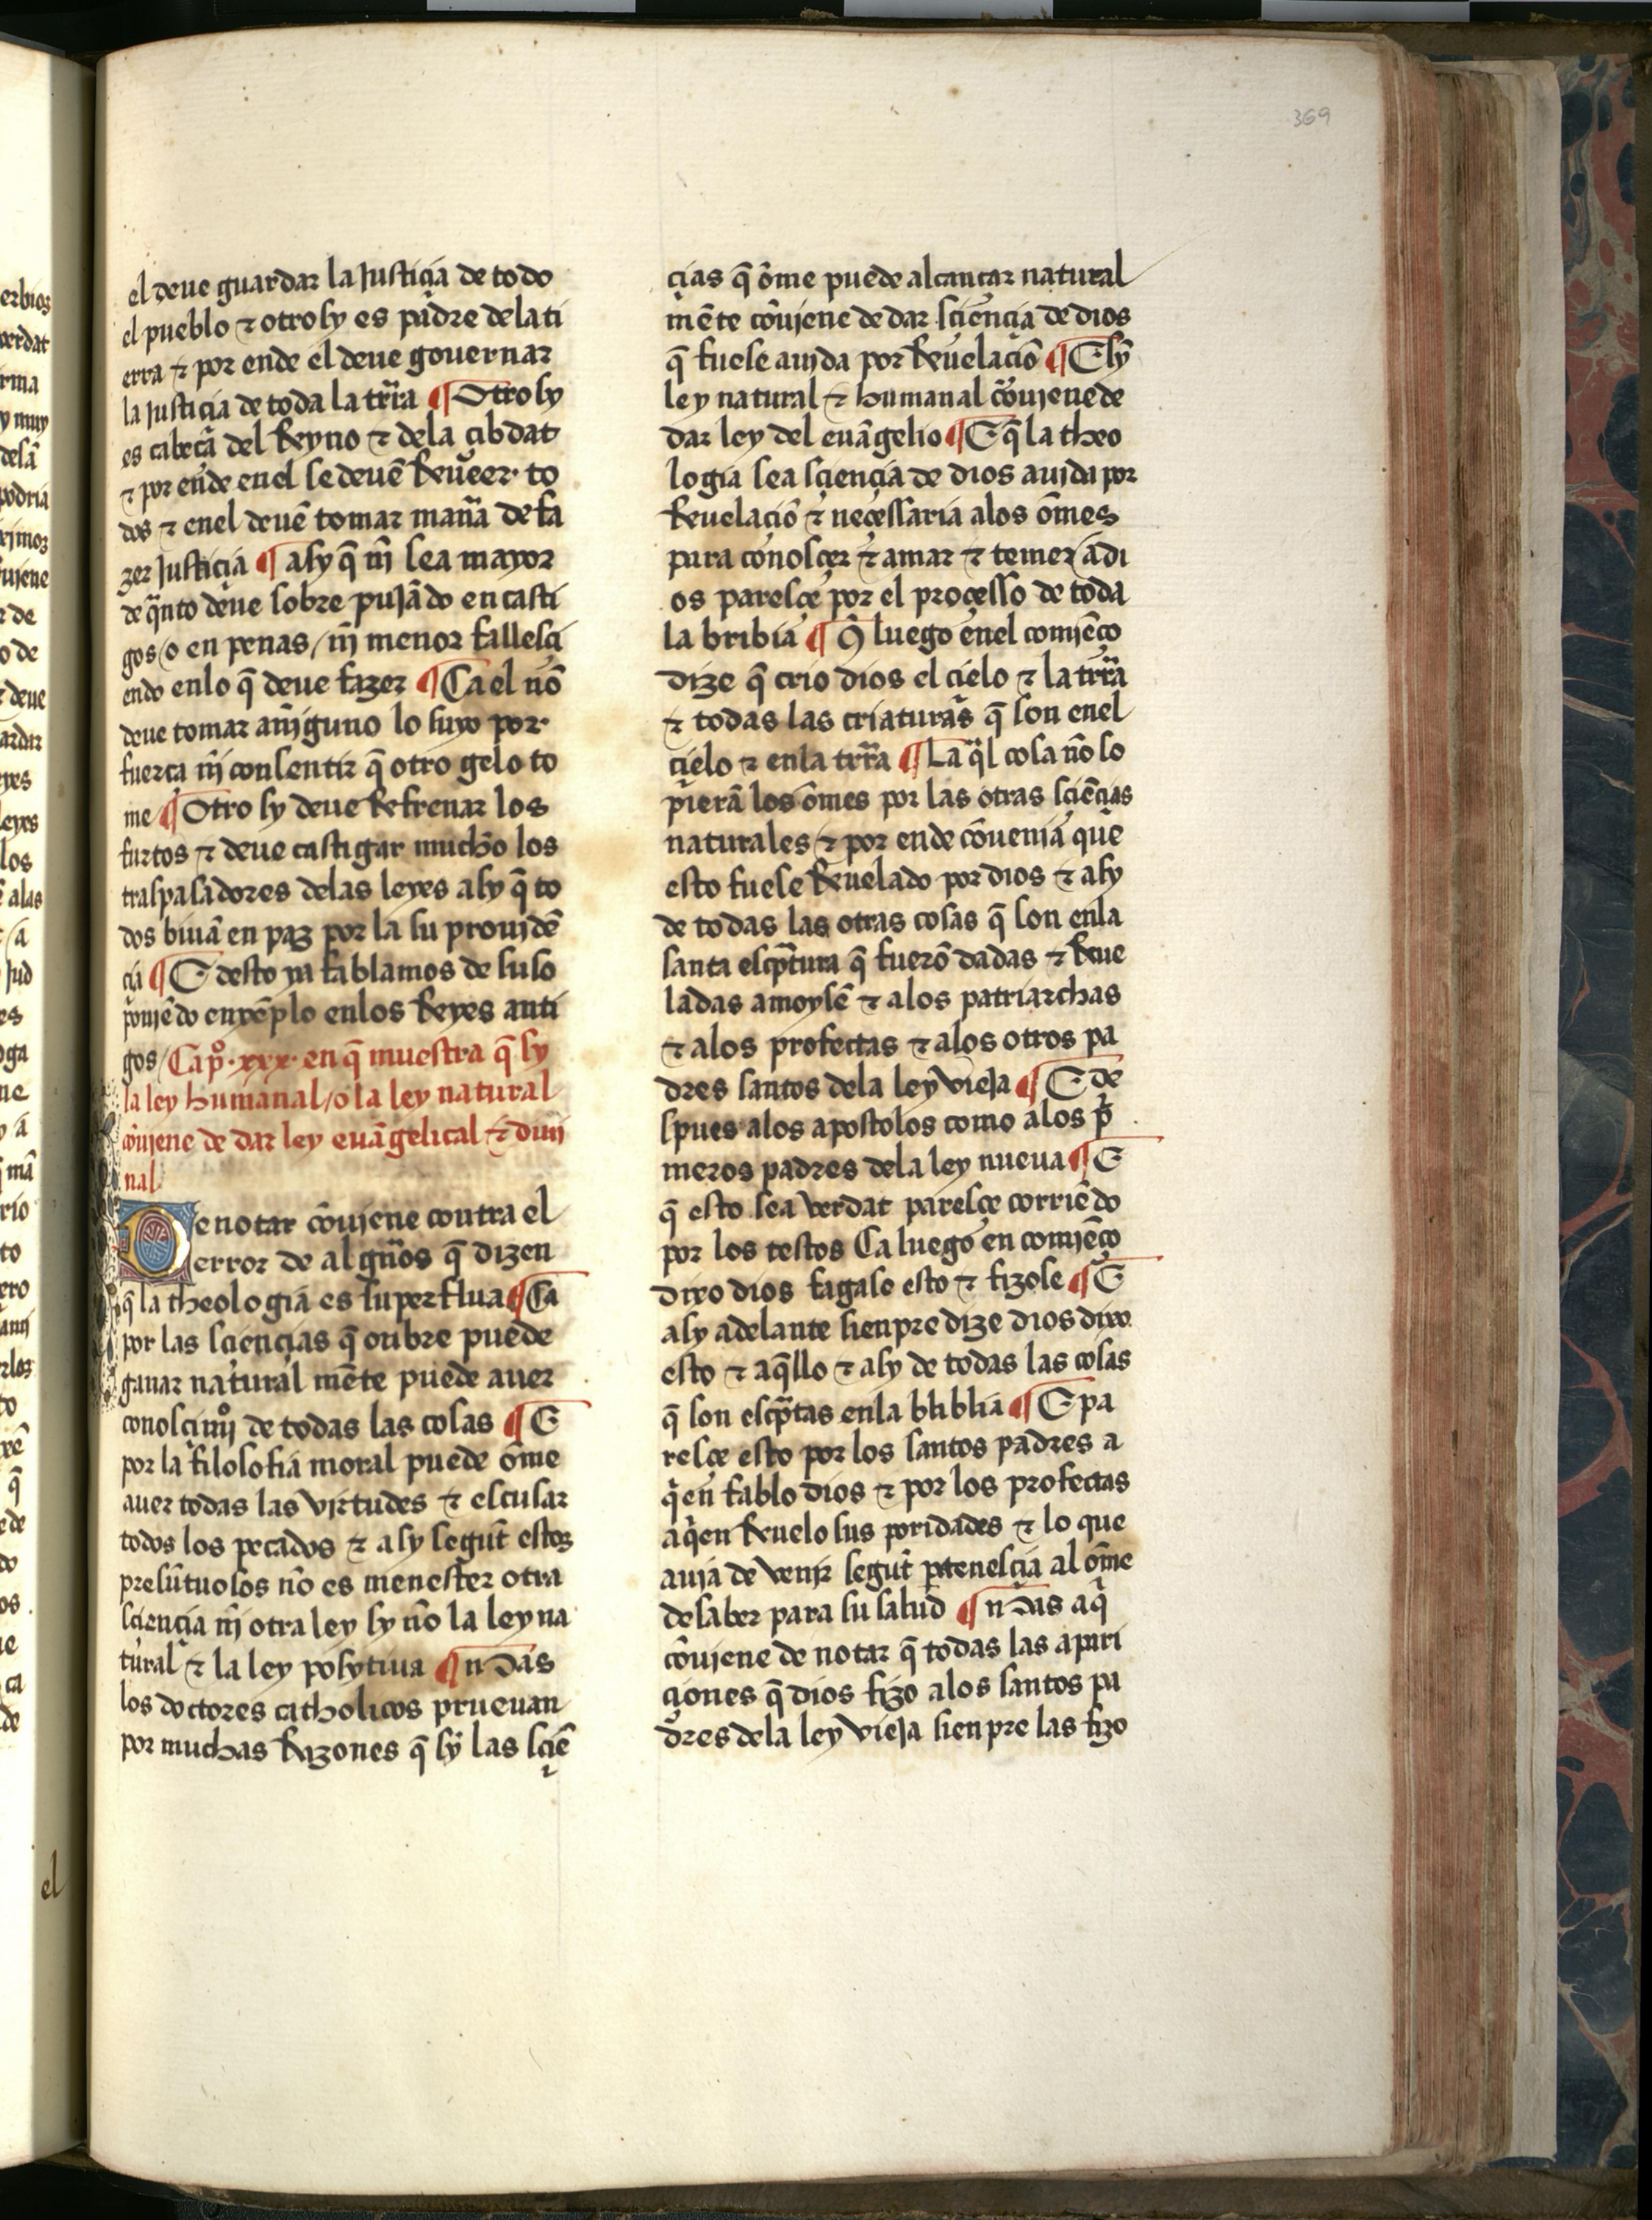
Shelfmark: Salamanca, Biblioteca Histórica USAL, 2709
Century: 15